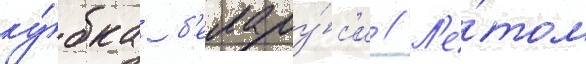
ку́бка б'елару́с'и // Л'е́том